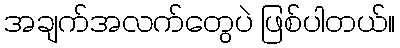
အချက်အလက်တွေပဲ ဖြစ်ပါတယ်။